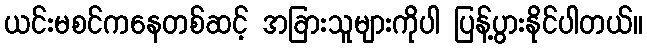
ယင်းမစင်ကနေတစ်ဆင့် အခြားသူများကိုပါ ပြန့်ပွားနိုင်ပါတယ်။